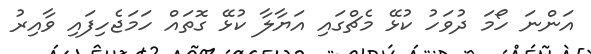
އަންނަ ހޯމަ ދުވަހު ކުޅޭ މެޗްގައި އަޔާލާ ކުޅޭ ގޮތައް ހަމަޖެހިފައި ވާއިރު